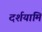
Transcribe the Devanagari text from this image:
दर्शयामि